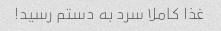
غذا کاملا سرد به دستم رسید!